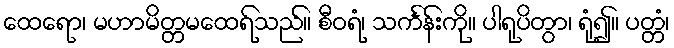
ထေရော၊ မဟာမိတ္တမထေရ်သည်။ စီဝရံ၊ သင်္ကန်းကို။ ပါရုပိတွာ၊ ရုံ၍။ ပတ္တံ၊